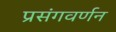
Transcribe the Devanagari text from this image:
प्रसंगवर्णन